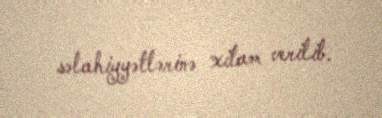
səlahiyyətlərinə xitam verilib.